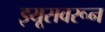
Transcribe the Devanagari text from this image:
झ्यूसवरून